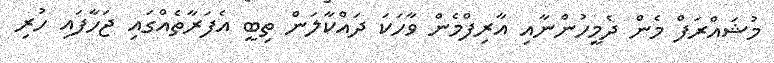
މުޝައްރަފް މެން ދެމީހުންނާއި އާރިފްމެން ވާހަކަ ދައްކާލަން ތިބީ އެެފަރާތެއްގައި ޖަހާފައި ހުރި